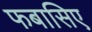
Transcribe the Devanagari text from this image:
फबासिए